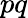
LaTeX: pq